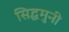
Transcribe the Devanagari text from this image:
सिद्धमुनी